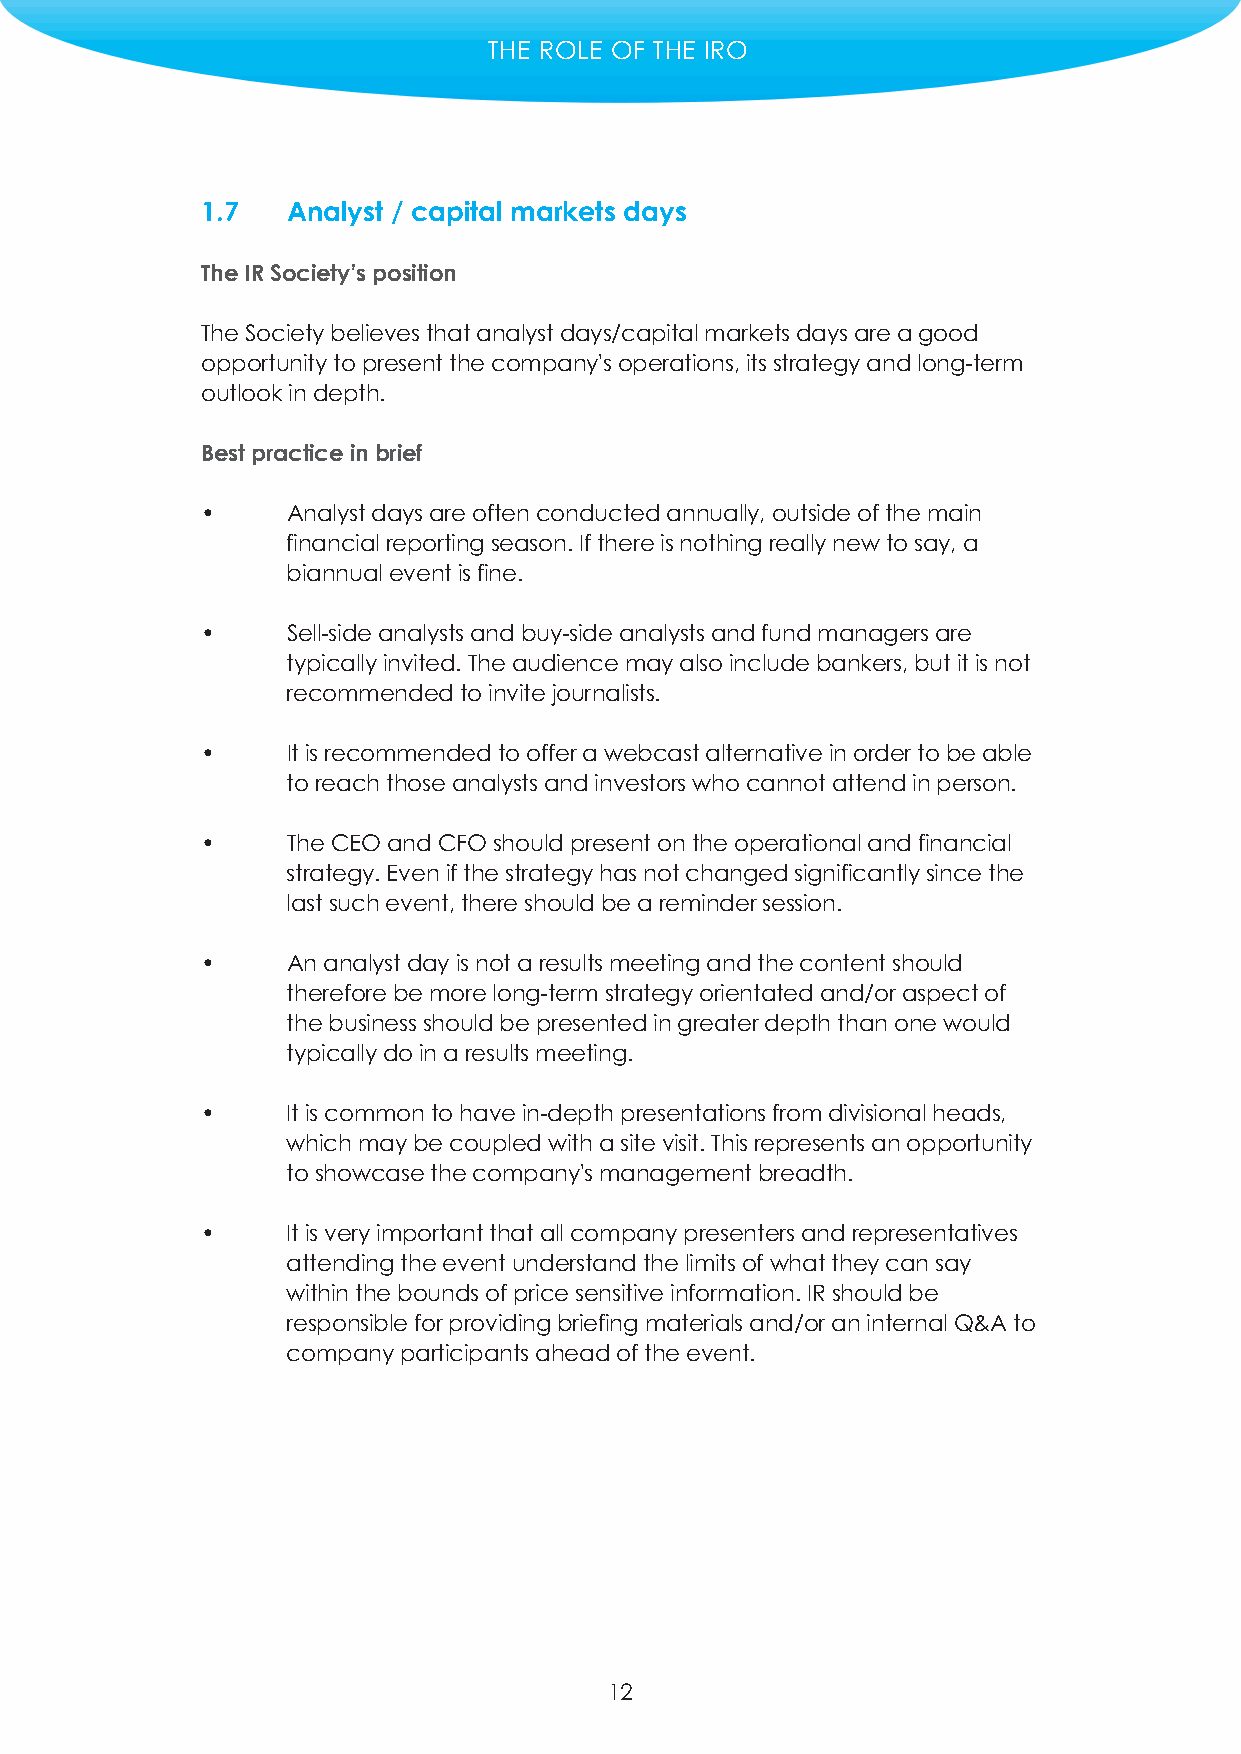
THE ROLE OF THE IRO
 1.7   Analyst / capital markets days
 The IR Society’s position
 The Society believes that analyst days/capital markets days are a good
 opportunity to present the company's operations, its strategy and long-term
 outlook in depth.
 Best practice in brief
 •     Analyst days are often conducted annually, outside of the main
 financial reporting season. If there is nothing really new to say, a
 biannual event is fine.
 •     Sell-side analysts and buy-side analysts and fund managers are
 typically invited. The audience may also include bankers, but it is not
 recommended to invite journalists.
 •     It is recommended to offer a webcast alternative in order to be able
 to reach those analysts and investors who cannot attend in person.
 •     The CEO and CFO should present on the operational and financial
 strategy. Even if the strategy has not changed significantly since the
 last such event, there should be a reminder session.
 •     An analyst day is not a results meeting and the content should
 therefore be more long-term strategy orientated and/or aspect of
 the business should be presented in greater depth than one would
 typically do in a results meeting.
 •     It is common to have in-depth presentations from divisional heads,
 which may be coupled with a site visit. This represents an opportunity
 to showcase the company's management breadth.
 •     It is very important that all company presenters and representatives
 attending the event understand the limits of what they can say
 within the bounds of price sensitive information. IR should be
 responsible for providing briefing materials and/or an internal Q&A to
 company participants ahead of the event.
 12